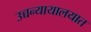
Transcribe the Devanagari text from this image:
उच्चन्यायालयात